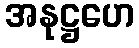
အနုဋ္ဌဟေ